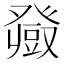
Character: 𤼼